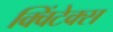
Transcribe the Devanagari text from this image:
क्विंटेक्स